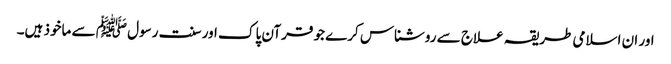
اور ان اسلامی طریقہ علاج سے روشناس کرے جو قرآن پاک اور سنت رسول ﷺ سے ماخوذ ہیں۔